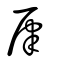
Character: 肁